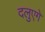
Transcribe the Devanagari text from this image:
दलुएगे